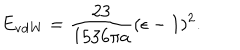
LaTeX: E _ { \mathrm { v d W } } = { \frac { 2 3 } { 1 5 3 6 \pi a } } ( \epsilon - 1 ) ^ { 2 } .